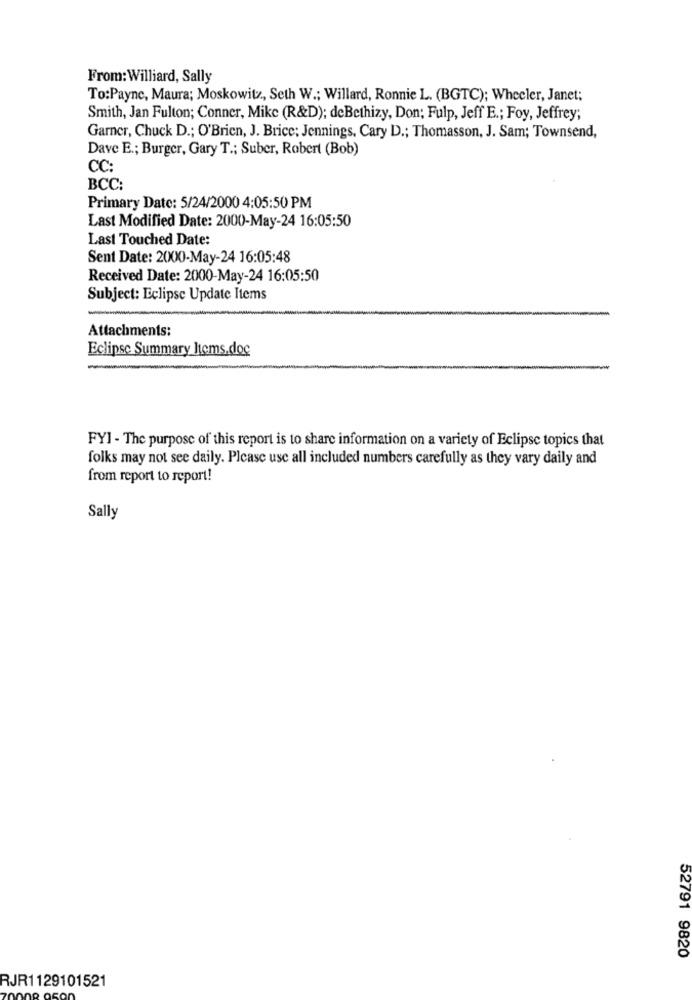
From:Williard, Sally
To:Payne, Maura; Moskowitz, Seth W .; Willard, Ronnie L. (BGTC); Wheeler, Janet;
Smith, Jan Fulton; Conner, Mike (R&D); deBethizy, Don; Fulp, Jeff E .; Foy, Jeffrey;
Garner, Chuck D .; O'Brien, J. Brice: Jennings, Cary D .; Thomasson, J. Sam; Townsend,
Dave E .; Burger, Gary T .; Suber, Robert (Bob)
CC:
BCC:
Primary Date: 5/24/2000 4:05:50 PM
Last Modified Date: 2000-May-24 16:05:50
Last Touched Date:
Sent Date: 2000-May-24 16:05:48
Received Date: 2000-May-24 16:05:50
Subject: Eclipse Update Items
Attachments:
Eclipse Summary Items.doc
FYI - The purpose of this report is to share information on a variety of Eclipse topics that
folks may not see daily. Please use all included numbers carefully as they vary daily and
from report to report!
Sally
52791 9820
RJR1129101521